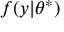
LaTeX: f ( y | \theta ^ { * } )